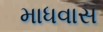
માધવાસ